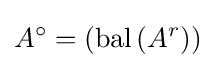
A^{\circ }=\left(\operatorname {bal} \left(A^{r}\right)\right)